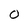
Character: 0